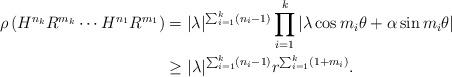
LaTeX: \begin{align*}\rho\left(H^{n_k}R^{m_k}\cdots H^{n_1}R^{m_1}\right)&=|\lambda|^{\sum_{i=1}^k (n_i-1)} \prod_{i=1}^k \left|\lambda\cos m_i\theta + \alpha\sin m_i\theta\right|\\&\geq |\lambda|^{\sum_{i=1}^k(n_i-1)} r^{\sum_{i=1}^k (1+m_i)}.\end{align*}